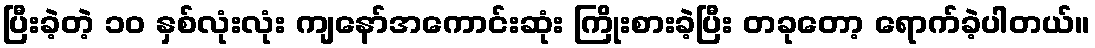
ပြီးခဲ့တဲ့ ၁၀ နှစ်လုံးလုံး ကျနော်အကောင်းဆုံး ကြိုးစားခဲ့ပြီး တခုတော့ ရောက်ခဲ့ပါတယ်။